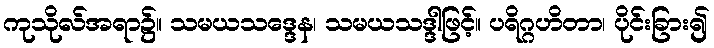
ကုသိုလ်အရာ၌။ သမယသဒ္ဒေန၊ သမယသဒ္ဒါဖြင့်။ ပရိဂ္ဂဟိတာ၊ ပိုင်းခြား၍